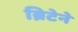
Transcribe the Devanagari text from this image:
ब्रिटेने